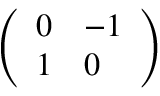
\left( \begin{array} { l l } { 0 } & { - 1 } \\ { 1 } & { 0 } \end{array} \right)